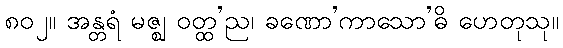
၈၀၂။ အန္တရံ မဇ္ဈ ဝတ္ထ’ည၊ ခဏော’ကာသော’ဓိ ဟေတုသု။